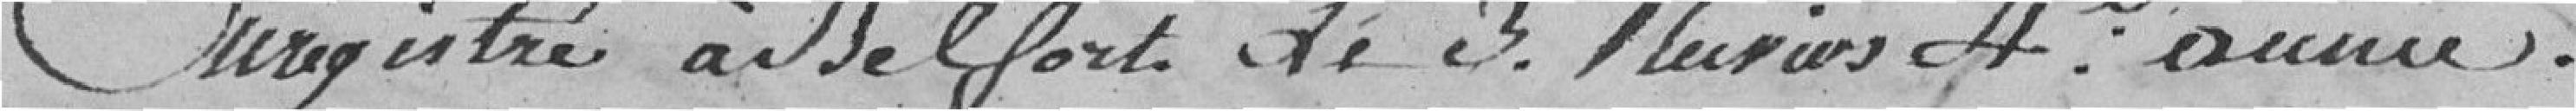
Enregistré à Belfort le 3. pluviose 4° année.